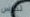
لدرس